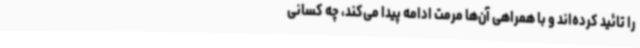
را تائید کرده‌اند و با همراهی آن‌ها مرمت ادامه پیدا می‌کند، چه کسانی